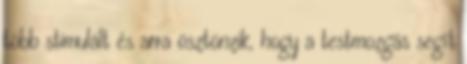
több stimulált és arra ösztönzik, hogy a testmozgás segít